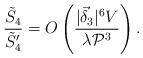
LaTeX: \begin{align*}\frac{\tilde{S}_4}{\tilde{S}_4'} = O \left( \frac{|\vec{\delta}_3|^6 V}{\lambda {\cal P}^3}\right) . \end{align*}